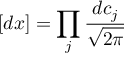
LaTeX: [ d x ] = \prod _ { j } { \frac { d c _ { j } } { \sqrt { 2 \pi } } }